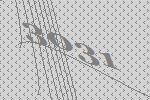
3031